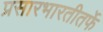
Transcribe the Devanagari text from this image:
प्रसारभारतीतर्फे